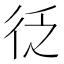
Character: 𭛦